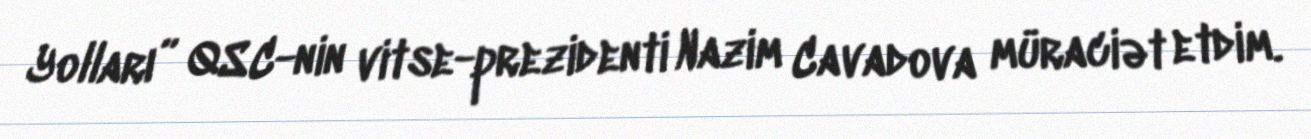
Yolları” QSC-nin vitse-prezidenti Nazim Cavadova müraciət etdim.